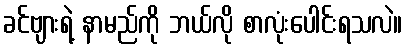
ခင်ဗျားရဲ့ နာမည်ကို ဘယ်လို စာလုံးပေါင်းရသလဲ။